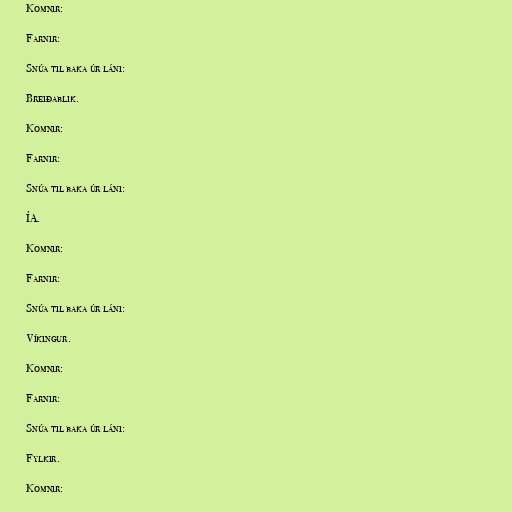
Komnir:

Farnir:

Snúa til baka úr láni:

Breiðablik.

Komnir:

Farnir:

Snúa til baka úr láni:

ÍA.

Komnir:

Farnir:

Snúa til baka úr láni:

Víkingur.

Komnir:

Farnir:

Snúa til baka úr láni:

Fylkir.

Komnir: